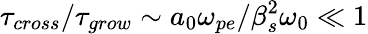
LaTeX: \tau_{cross}/\tau_{grow}\sim a_{0}\omega_{pe}/\beta_{s}^{2}\omega_{0}\ll 1